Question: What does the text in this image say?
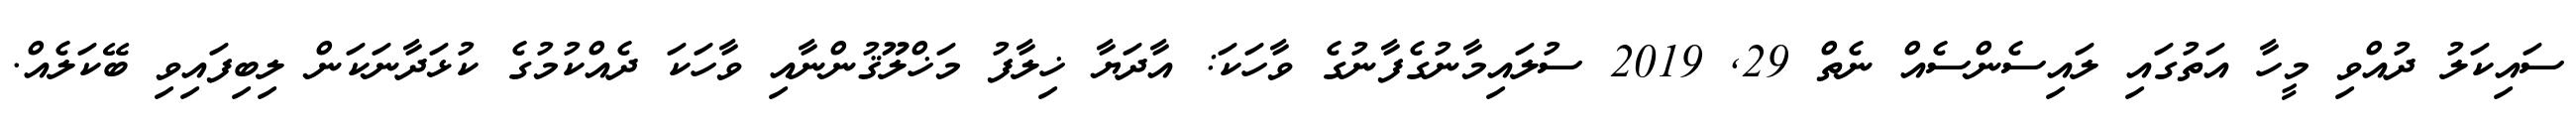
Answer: ސައިކަލު ދުއްވި މީހާ އަތުގައި ލައިސެންސެއް ނެތް 29, 2019 ސުލައިމާނުގެފާނުގެ ވާހަކަ: އާދަޔާ ޚިލާފު މަޚްލޫޤުންނާއި ވާހަކަ ދެއްކުމުގެ ކުޅަދާނަކަން ލިބިފައިވި ބޭކަލެއް.